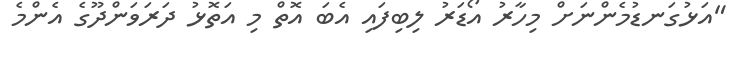
"އަޅުގަނޑުމެންނަށް މިހާރު އޯޑަރު ލިބިފައި އެބަ އޮތް މި އަތޮޅު ދަރަވަންދޫގެ އެންމެ